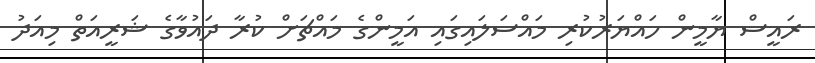
ރައީސް ޔާމީން ހައްޔަރުކުރި މައްސަލައިގައި އަމީންގެ މައްޗަށް ކުރާ ދައުވާގެ ޝަރީއަތް މިއަދު